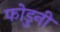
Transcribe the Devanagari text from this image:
फोडुनी